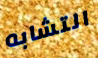
التشابه